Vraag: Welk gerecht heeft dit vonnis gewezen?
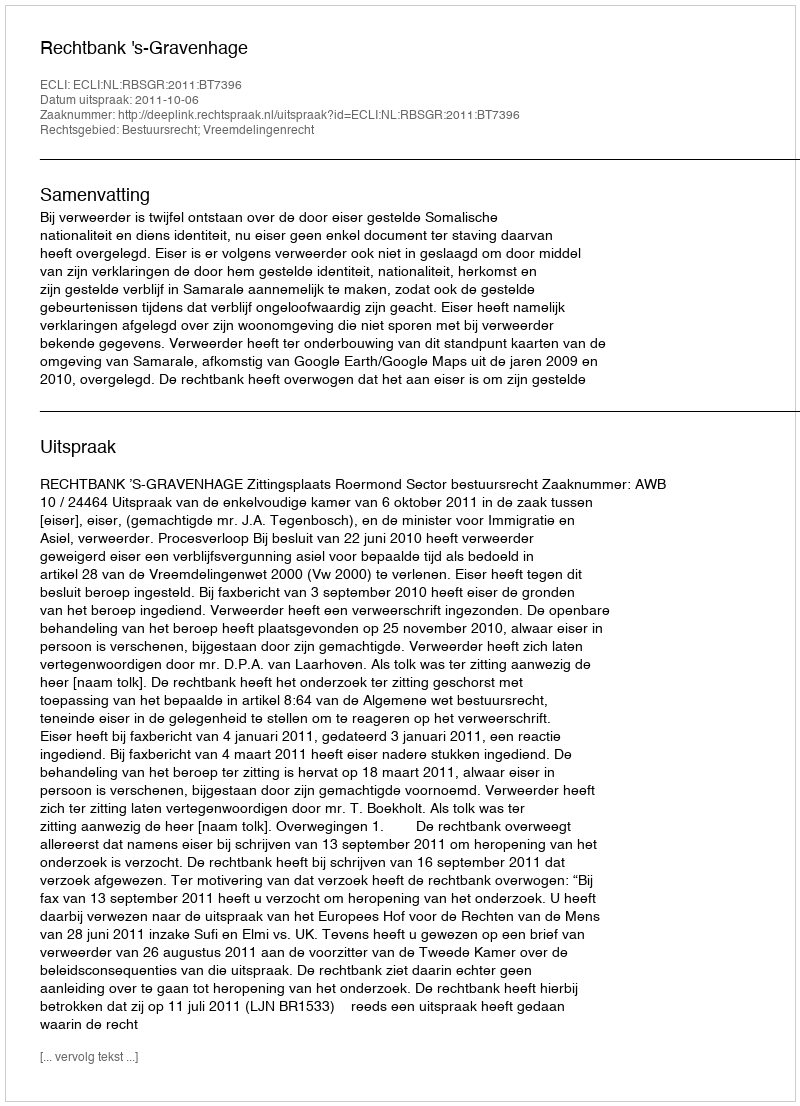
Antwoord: Rechtbank 's-Gravenhage